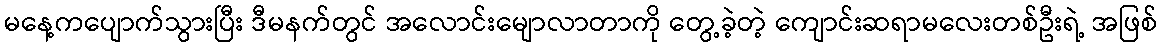
မနေ့ကပျောက်သွားပြီး ဒီမနက်တွင် အလောင်းမျောလာတာကို တွေ့ခဲ့တဲ့ ကျောင်းဆရာမလေးတစ်ဦးရဲ့ အဖြစ်